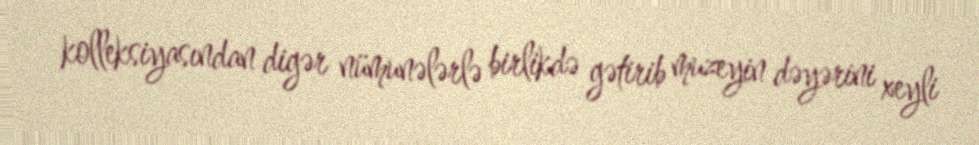
kolleksiyasından digər nümunələrlə birlikdə gətirib muzeyin dəyərini xeyli